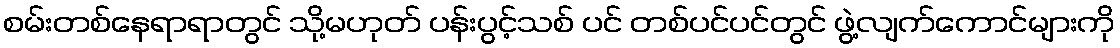
စမ်းတစ်နေရာရာတွင် သို့မဟုတ် ပန်းပွင့်သစ် ပင် တစ်ပင်ပင်တွင် ဖွဲ့လျက်ကောင်များကို